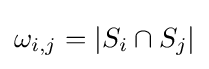
\omega _{i,j}=|S_{i}\cap S_{j}|